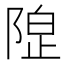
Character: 𱀦